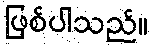
ဖြစ်ပါသည်။